Malaria in the Punjab - Number 46
Disease focus: Malaria
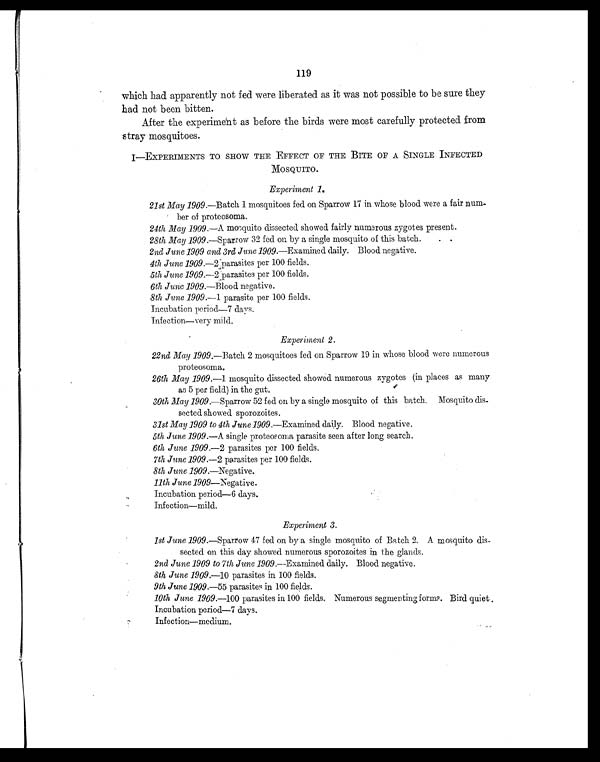
119
which had apparently not fed were liberated as it was not possible to be sure they
had not been bitten.
After the experiment as before the birds were most carefully protected from
stray mosquitoes.
I—EXPERIMENTS TO SHOW THE EFFECT OF THE BITE OF A SINGLE INFECTED
MOSQUITO.
Experiment 1.
21st May 1909. —Batch 1 mosquitoes fed on Sparrow 17 in whose blood were a fair num-
ber of proteosoma.
24th May 1909. —A mosquito dissected showed fairly numerous zygotes present.
28th May 1909. —Sparrow 32 fed on by a single mosquito of this batch.
. .
2nd June 1909 and 3rd June 1909. —Examined daily. Blood negative.
4th June 1909.—2 parasites per 100 fields.
5th June 1909.—2 parasites per 100 fields.
6th June 1909.—Blood negative.
8th June 1909.— 1 parasite per 100 fields.
Incubation period—7 days.
Infection—very mild.
Experiment 2.
22nd May 1909.—Batch 2 mosquitoes fed on Sparrow 19 in whose blood were numerous
proteosoma.
26th May 1909—1 mosquito dissected showed numerous zygotes (in places as many
as 5 per field) in the gut.
30th May 1909.—Sparrow 52 fed on by a single mosquito of this batch. Mosquito dis-
sected showed sporozoites.
31st May 1909 to 4th June 1909. —Examined daily. Blood negative.
5th June 1909. —A single proteosoma parasite seen after long search.
6th June 1909.—2 parasites per 100 fields.
7th June 1909.—2 parasites per 100 fields.
8th June 1909.—Negative.
11th June 1909—Negative.
Incubation period—6 days.
Infection—mild.
Experiment 3.
1st June 1909.—Sparrow 47 fed on by a single mosquito of Batch 2. A mosquito dis-
sected on this day showed numerous sporozoites in the glands.
2nd June 1909 to 7th June 1909. —Examined daily. Blood negative.
8th June 1909.—10 parasites in 100 fields.
9th June 1909.—55 parasites in 100 fields.
10th June 1909.—100 parasites in 100 fields. Numerous segmenting forms. Bird quiet.
Incubation period—7 days.
Infection—medium.